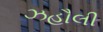
ઝહૌલી